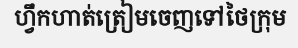
ហ្វឹកហាត់ត្រៀមចេញទៅថៃក្រុម